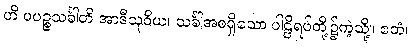
ဟိ ပပဉ္စသင်္ခါတိ အာဒီသုဝိယ၊ သင်္ခါအစရှိသော ပါဠိရပ်တို့၌ကဲ့သို့။ ဧတံ၊